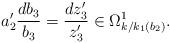
LaTeX: \begin{align*} a_2'\frac{db_3}{b_3}=\frac{dz_3'}{z_3'} \in \Omega^1_{k/k_1(b_2)}.\end{align*}